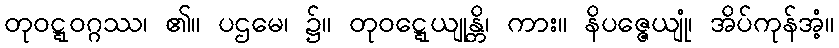
တုဝဋ္ဋဝဂ္ဂဿ၊ ၏။ ပဌမေ၊ ၌။ တုဝဋ္ဋေယျုန္တိ၊ ကား။ နိပဇ္ဇေယျုံ၊ အိပ်ကုန်အံ့။